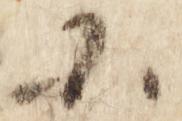
小